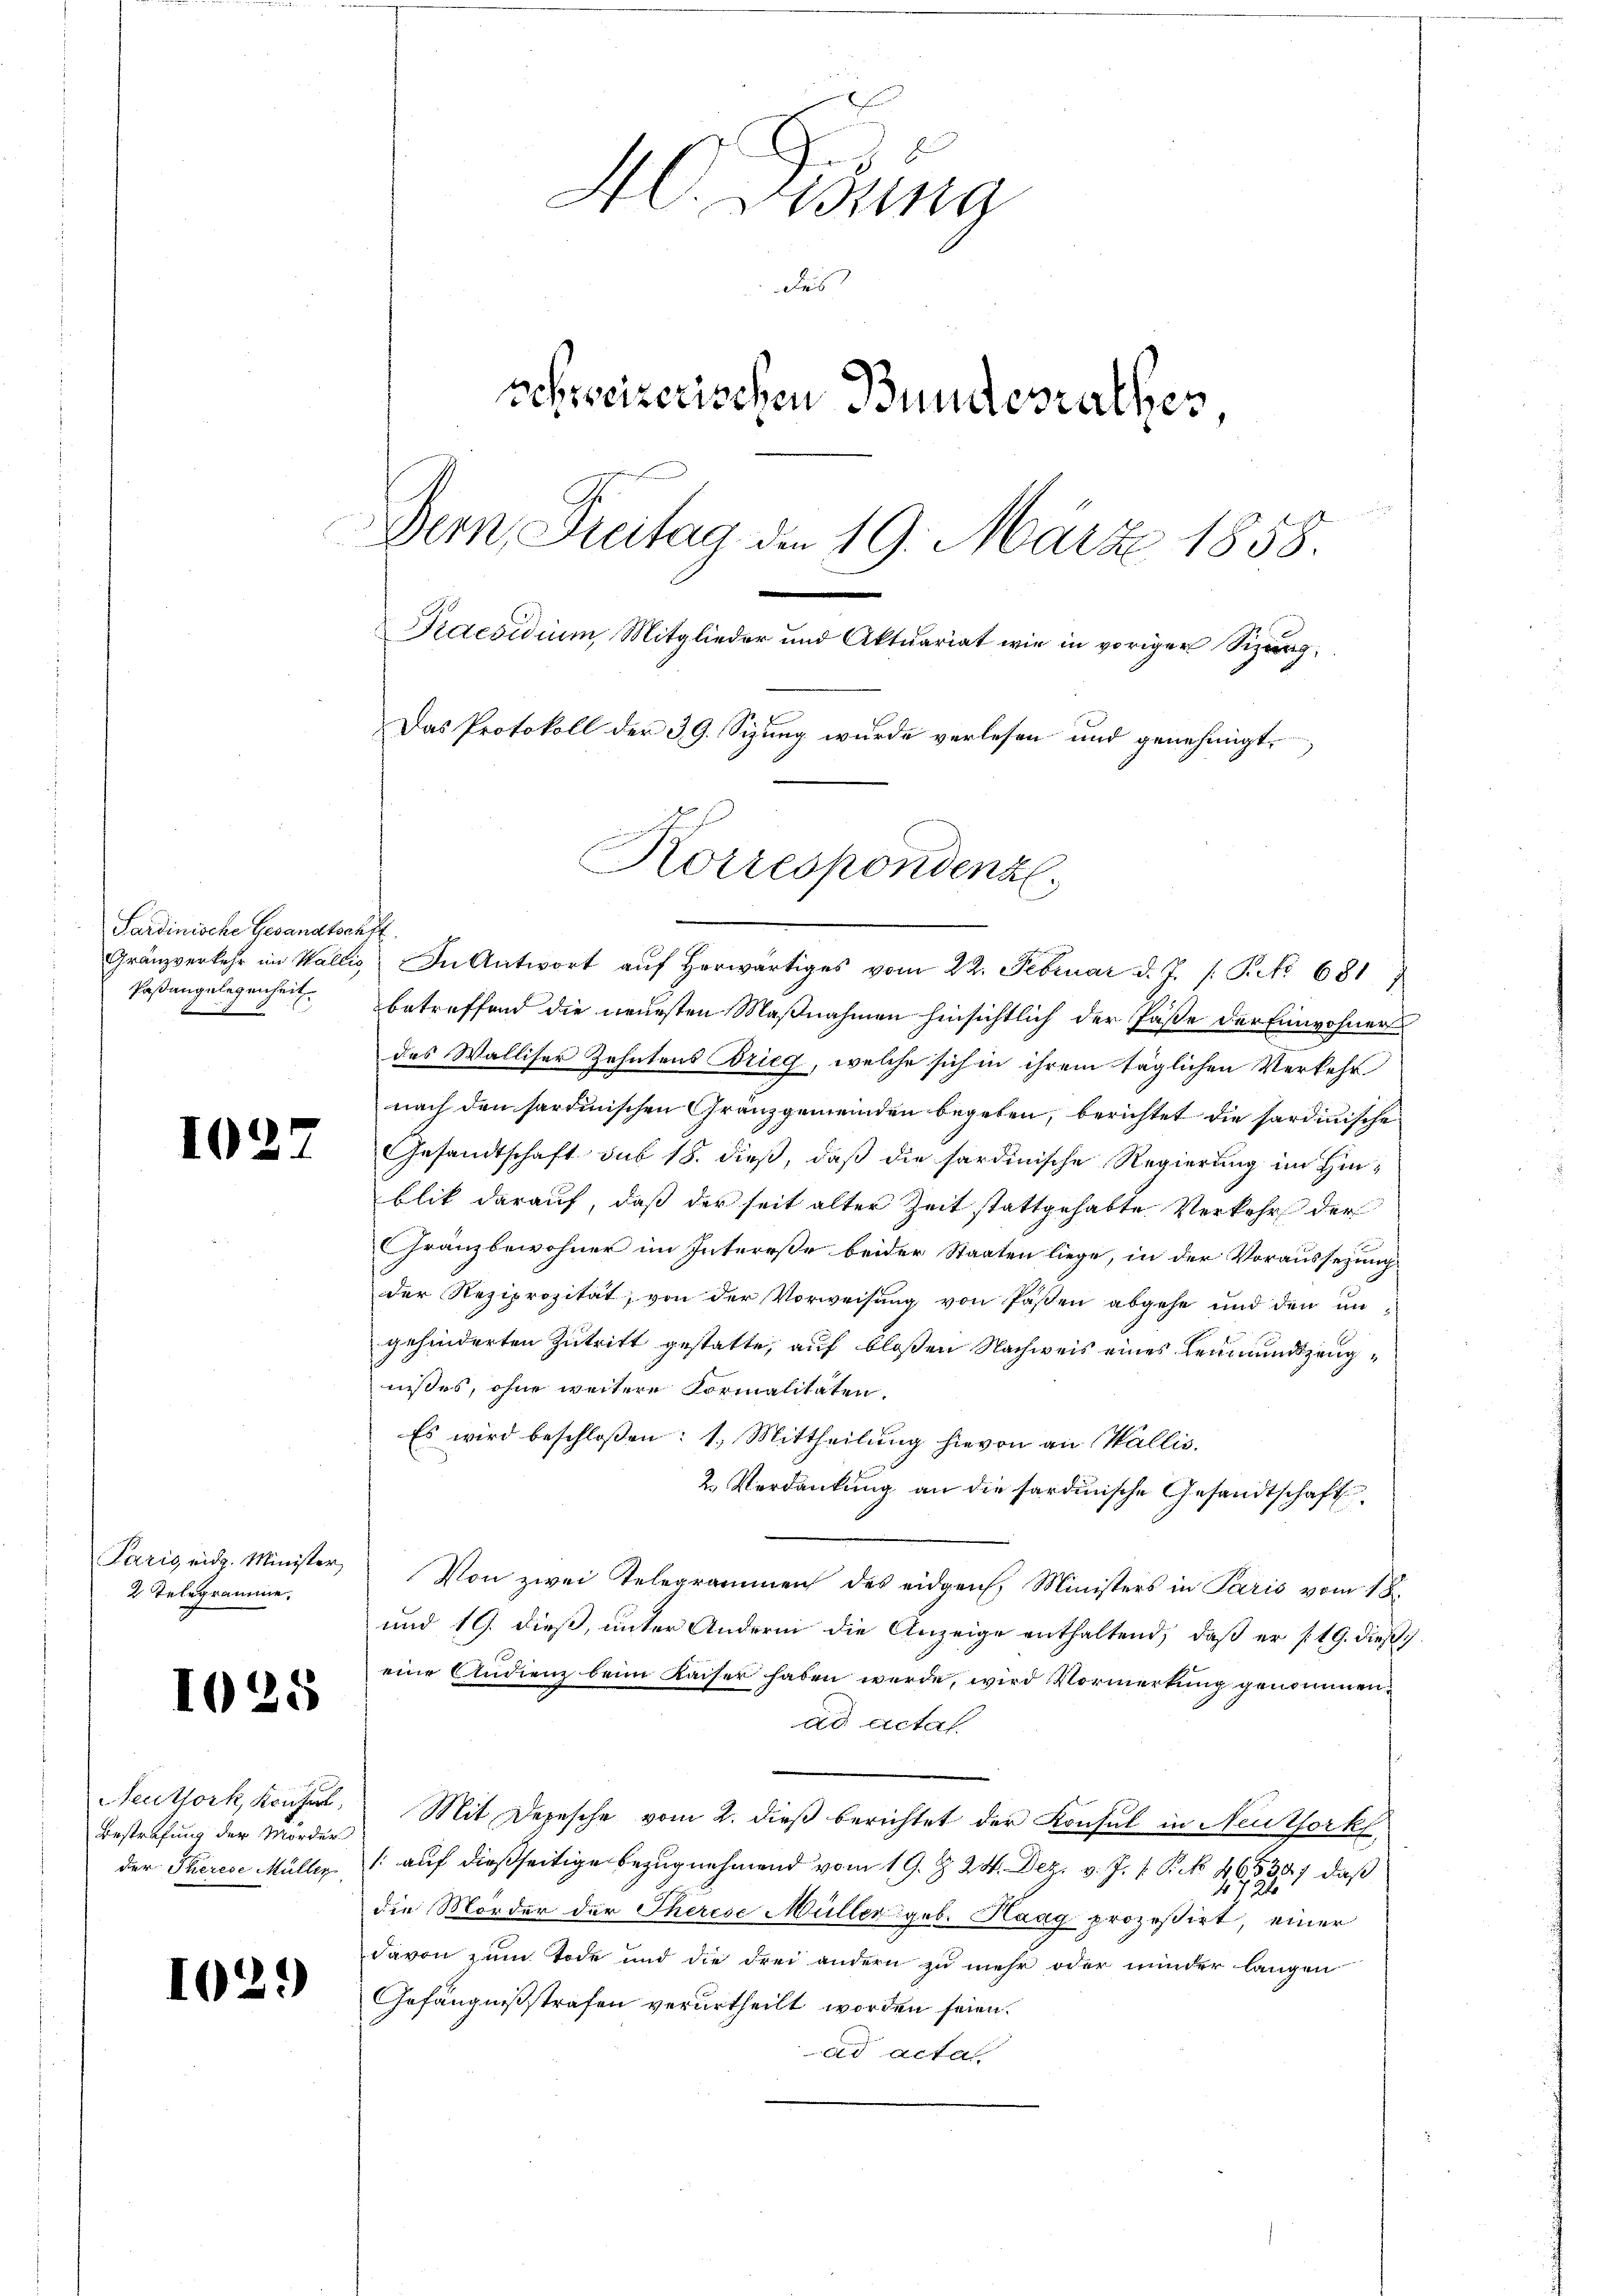
Sardinische Gesandtschft
Paßangelegenheit
E
4
F

1027

Paris eidg. Minister,
2 Telegramme.

1025

Neuthork, Konfer
Bestrafung der Mörder
der Therese Müller

102.

40. Denung
Des
schweizerischen Bundesrathes,
Dern, Freitag die 19. März 1858.
Praesidium Mitglieder und Aktuariat wie in voriger Sizung,
Das Protokoll der 39. Sizung wurde verlesen und genehmigt,
Korrespondenz

Gränzverkehr im Wallis. In Antwort aŭf herwärtiges vom 22. Februar d. J. /: P. No 6817
betreffend die neuesten Maßnahmen hinsichtlich der Pässe der Einwohner
des Walliser Zehntens Brieg, welche sich in ihrem täglichen Verkehr
nach den sardinischen Gränzgemeinden begeben, berichtet die sardinische
Gesandtschaft sub 18. dieß, daß die sardinische Regierung im Hinblik darauf, daß der seit alter Zeit stattgehabte Verkehr der
Fränzbewohner im Intereße beider Staaten liege, in der Voraussezung
der Reziprozität, von der Vorweisung von Passen abgehe und den un-
gehinderten Zutritt gestatte, auf bloßen Nachweis eines Leumundszeugnisses, ohne weitere Formalitäten.
Es wird beschloßen: 1. Mittheilung hievon an Wallis.
2. Verdankung an die sardinische Gesandtschaft
Von zwei Telegrammen des eidgen. Ministers in Paris vom 18.
und 19. dieß, unter Andern die Anzeige enthaltend, daß er /19. dieß
eine Andienz beim Kaiser haben werde, wird Vormerkung genommen,
ad actat.
Mit Depesche vom 2. dieß berichtet der Konsul in Neuthork
/: auf dießseitige Bezugnehmend vom 19. Z. 24. Dez. v. J. J. P. k 46538) daß
die Mörder der Therese Müller geb. Haag prozessirt, einer
davon zum Tode und die drei andern zu mehr oder minder langen
Gefängnißstrafen verurtheilt worden seien.
ad acta